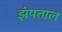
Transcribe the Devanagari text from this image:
झंपताल